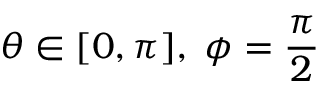
\theta \in [ 0 , \pi ] , \; \phi = \frac { \pi } { 2 }